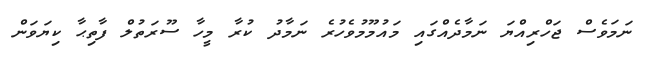
ނަމަވެސް ޖަހްރިއްޔަ ނަމާދެއްގައި މައުމޫމުވެހުރެ ނަމާދު ކުރާ މީހާ ސޫރަތުލް ފާތިޙާ ކިޔަވަން